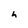
Character: h